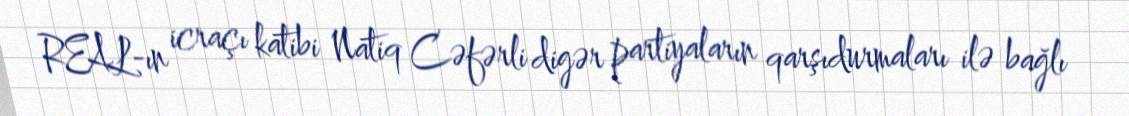
REAL-ın icraçı katibi Natiq Cəfərli digər partiyaların qarşıdurmaları ilə bağlı